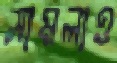
সামলাও